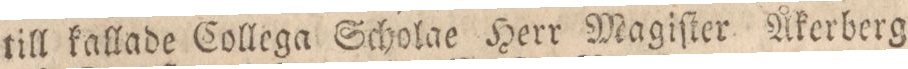
till kallade Collega Scholae Herr Magiſter Åkerberg